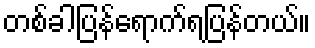
တစ်ခါပြန်ရောက်ရပြန်တယ်။